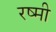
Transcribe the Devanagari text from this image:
रष्मी